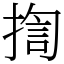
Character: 揈